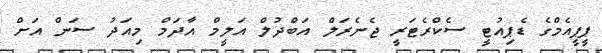
ޕީޕީއެމްގެ ޑެޕިއުޓީ ސެކްރެޓަރީ ޖެނެރަލް އަބްދުލް އަލީމް އާދަމް މިއަދު ސަން އަށް